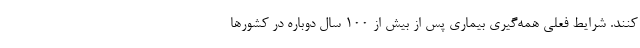
کنند. شرایط فعلی همه‌گیری بیماری پس از بیش از ۱۰۰ سال دوباره در کشورها